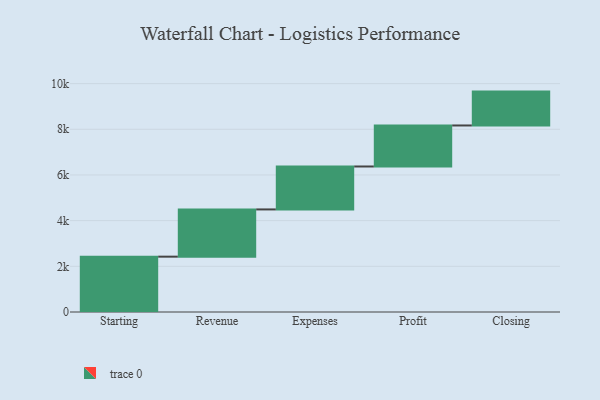
{"axis": {"x": "Step", "y": "Value"}, "legend": [""], "data": [{"x": "Starting", "y": 2423.0, "type": ""}, {"x": "Revenue", "y": 2068.0, "type": ""}, {"x": "Expenses", "y": 1880.0, "type": ""}, {"x": "Profit", "y": 1796.0, "type": ""}, {"x": "Closing", "y": 1483.0, "type": ""}]}